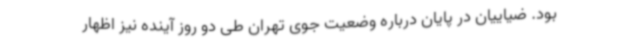
بود. ضیاییان در پایان درباره وضعیت جوی تهران طی دو روز آینده نیز اظهار